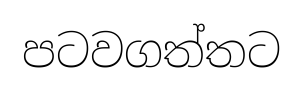
පටවගත්තට